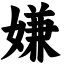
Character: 嫌